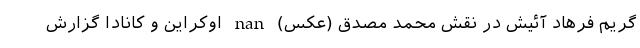
گریم فرهاد آئیش در نقش محمد مصدق (عکس) nan اوکراین و کانادا گزارش